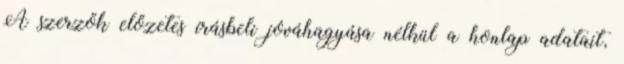
A szerzők előzetes írásbeli jóváhagyása nélkül a honlap adatait,